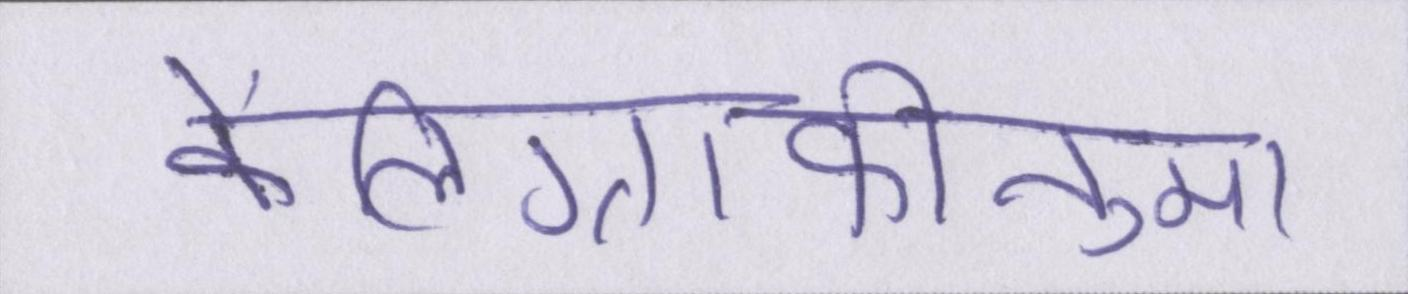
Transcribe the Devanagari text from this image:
कैलिग्राफीनुमा